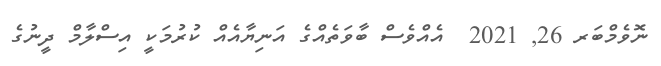
ނޮވެމްބަރ 26